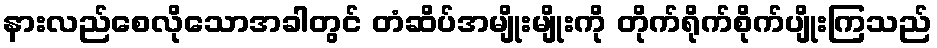
နားလည်စေလိုသောအခါတွင် တံဆိပ်အမျိုးမျိုးကို တိုက်ရိုက်စိုက်ပျိုးကြသည်